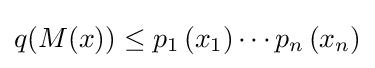
q(M(x))\leq p_{1}\left(x_{1}\right)\cdots p_{n}\left(x_{n}\right)